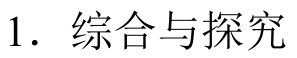
1. 综合与探究